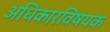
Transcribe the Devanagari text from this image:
अधिकारविषयक